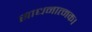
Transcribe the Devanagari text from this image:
साधनात्मक।